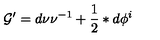
\mathcal { G } ^ { \prime } = d \nu \nu ^ { - 1 } + \frac { 1 } { 2 } \ast d \phi ^ { i }